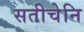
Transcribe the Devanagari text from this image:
सतीचेनि